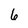
Character: 6